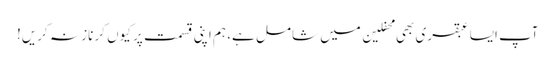
آپ ایسا عبقری بھی محفلین میں شامل ہے، ہم اپنی قسمت پر کیوں کر ناز نہ کریں!